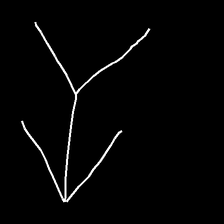
Glyph: gather